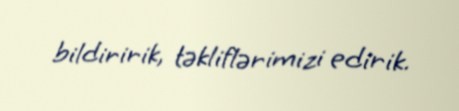
bildiririk, təkliflərimizi edirik.